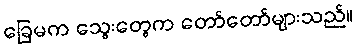
ခြေမက သွေးတွေက တော်တော်များသည်။